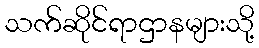
သက်ဆိုင်ရာဌာနများသို့